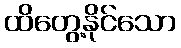
ထိတွေ့နိုင်သော